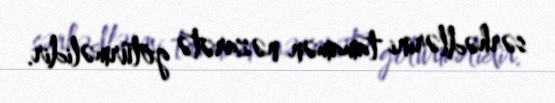
sərhədlərini tamamən nəzarətə götürməlidir.